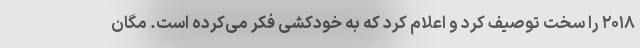
۲۰۱۸ را سخت توصیف کرد و اعلام کرد که به خودکشی فکر می‌کرده است. مگان